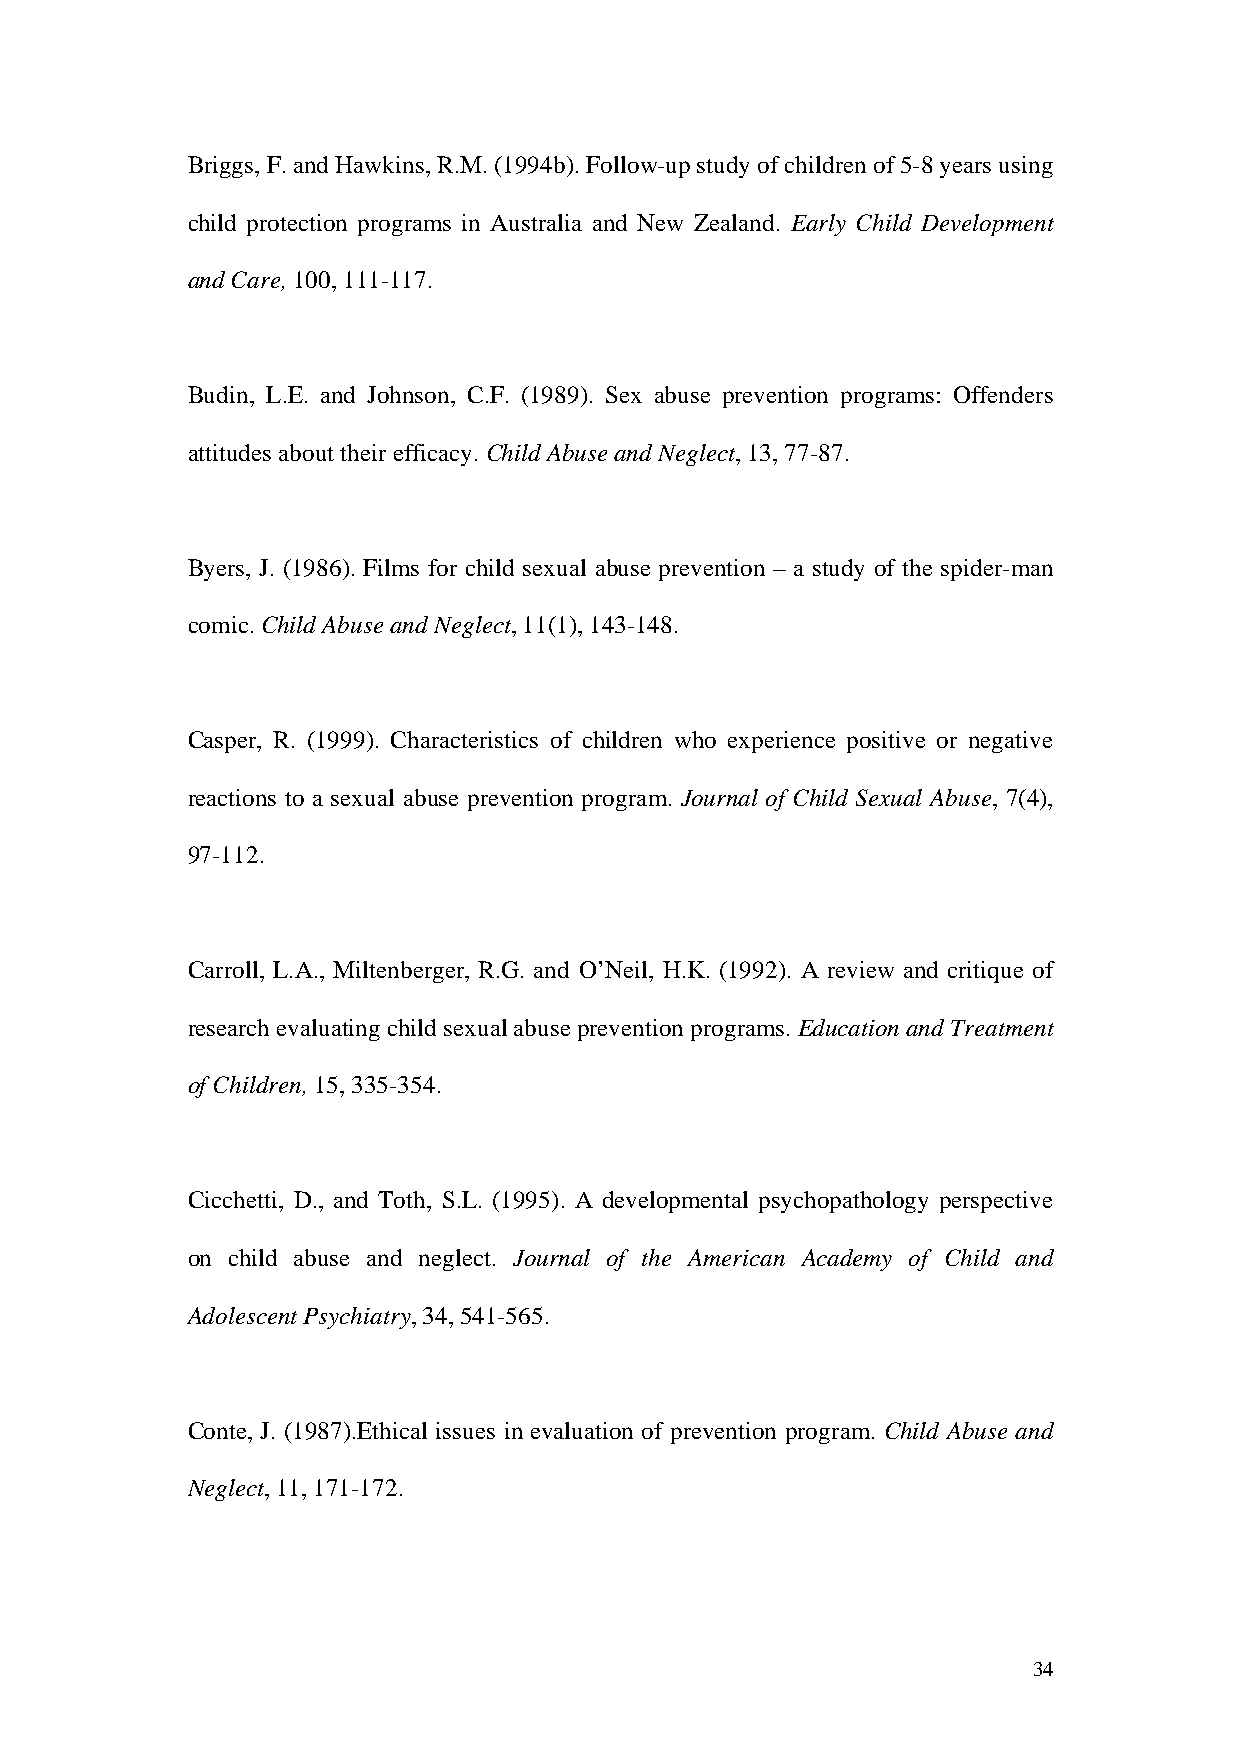
Briggs, F. and Hawkins, R.M. (1994b). Follow-up study of children of 5-8 years using
 child protection programs in Australia and New Zealand. Early Child Development
 and Care, 100, 111-117.
 Budin, L.E. and Johnson, C.F. (1989). Sex abuse prevention programs: Offenders
 attitudes about their efficacy. Child Abuse and Neglect, 13, 77-87.
 Byers, J. (1986). Films for child sexual abuse prevention – a study of the spider-man
 comic. Child Abuse and Neglect, 11(1), 143-148.
 Casper, R. (1999). Characteristics of children who experience positive or negative
 reactions to a sexual abuse prevention program. Journal of Child Sexual Abuse, 7(4),
 97-112.
 Carroll, L.A., Miltenberger, R.G. and O’Neil, H.K. (1992). A review and critique of
 research evaluating child sexual abuse prevention programs. Education and Treatment
 of Children, 15, 335-354.
 Cicchetti, D., and Toth, S.L. (1995). A developmental psychopathology perspective
 on child abuse and neglect. Journal of the American Academy of Child and
 Adolescent Psychiatry, 34, 541-565.
 Conte, J. (1987).Ethical issues in evaluation of prevention program. Child Abuse and
 Neglect, 11, 171-172.
 34